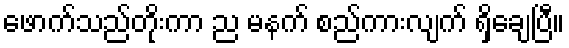
ဖောက်သည်တိုးကာ ည မနက် စည်ကားလျက် ရှိချေပြီ။